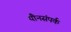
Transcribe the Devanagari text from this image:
यौनसंपर्क